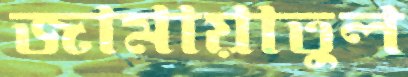
জামায়াতুল